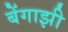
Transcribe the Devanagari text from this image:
बेंगाझी